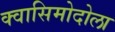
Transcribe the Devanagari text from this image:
क्वासिमोदोला